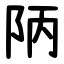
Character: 陃